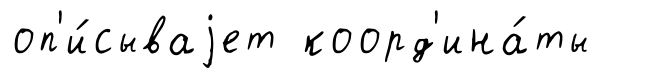
оп'и́сываjет коорд'ина́ты